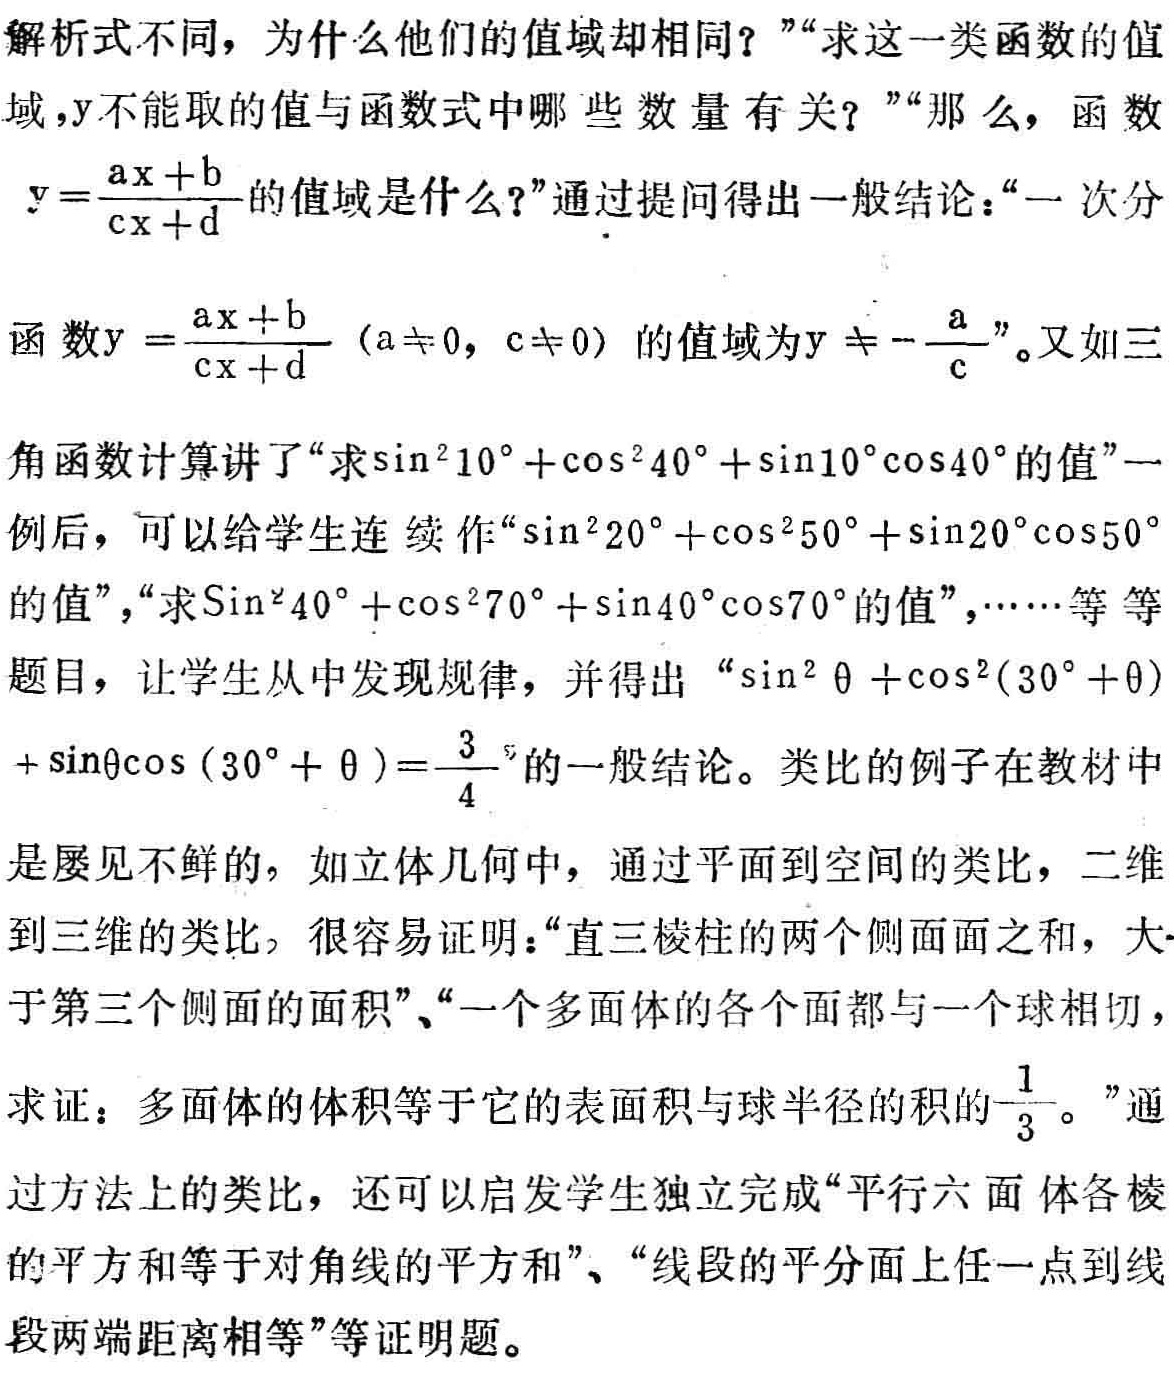
解析式不同，为什么他们的值域却相同？”“求这一类函数的值
域，\(y\)不能取的值与函数式中哪些数量有关？”“那么，函数
\(y = \frac{ax + b}{cx + d}\)的值域是什么？”通过提问得出一般结论：“一次分
函数\(y = \frac{ax + b}{cx + d}\) (\(a\neq 0\)，\(c\neq 0\)) 的值域为\(y \neq -\frac{a}{c}\)”。又如三
角函数计算讲了“求\(\sin^{2}10^{\circ}+\cos^{2}40^{\circ}+\sin10^{\circ}\cos40^{\circ}\)的值”一
例后，可以给学生连续作“\(\sin^{2}20^{\circ}+\cos^{2}50^{\circ}+\sin20^{\circ}\cos50^{\circ}\)
的值”，“求\(\sin^{2}40^{\circ}+\cos^{2}70^{\circ}+\sin40^{\circ}\cos70^{\circ}\)的值”，……等等
题目，让学生从中发现规律，并得出 “\(\sin^{2} \theta +\cos^{2}(30^{\circ}+\theta)
+\sin\theta\cos (30^{\circ}+\theta)=\frac{3}{4}\)”的一般结论。类比的例子在教材中
是屡见不鲜的，如立体几何中，通过平面到空间的类比，二维
到三维的类比，很容易证明：“直三棱柱的两个侧面面之和，大
于第三个侧面的面积”、“一个多面体的各个面都与一个球相切，
求证：多面体的体积等于它的表面积与球半径的积的\(\frac{1}{3}\)。”通
过方法上的类比，还可以启发学生独立完成“平行六面体各棱
的平方和等于对角线的平方和”、“线段的平分面上任一点到线
段两端距离相等”等证明题。